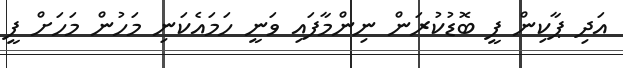
އަދި ޕާކިން ފީ ބޮޑުކުރަން ނިންމާފައި ވަނީ ހަމައެކަނި މަހުން މަހަށް ފީ